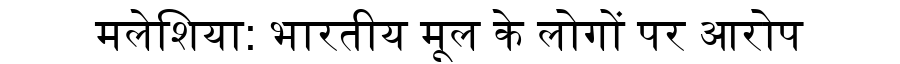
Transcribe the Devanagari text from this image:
मलेशिया: भारतीय मूल के लोगों पर आरोप